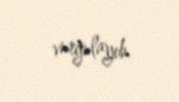
vurğulayıb.